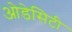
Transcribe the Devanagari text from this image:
ओडेसिटी